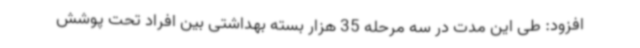
افزود: طی این مدت در سه مرحله 35 هزار بسته بهداشتی بین افراد تحت پوشش